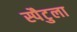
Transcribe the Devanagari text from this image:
स्पैटुला